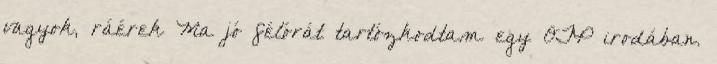
vagyok, ráérek Ma jó félórát tartózkodtam egy OTP irodában.